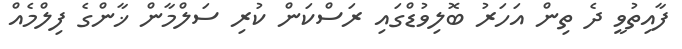
ފާއިތުވީ ދެ ތިން އަހަރު ބޮލިވުޑްގައި ރަސްކަން ކުރި ސަލްމާން ޚާންގެ ފިލްމެއް